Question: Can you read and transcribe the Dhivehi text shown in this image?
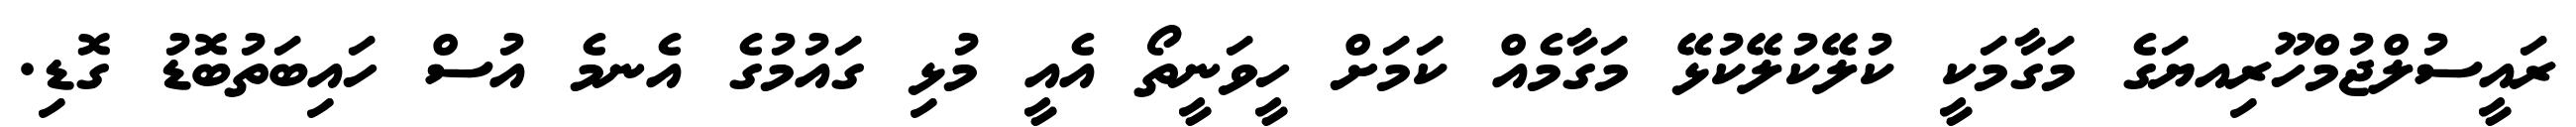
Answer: ރައީސުލްޖުމްހޫރިއޔަގެ މަގާމަކީ ކުލޭކުލޭކުޅޭ މަގާމެއް ކަމަށް ހީވަނީތޯ އެއީ މުޅި ގައުމުގެ އެނމެ އުސް ހައިބަތުބޮޑު ގޮޑި.